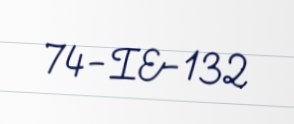
74-IE-132